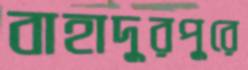
বাহাদুরপুরে